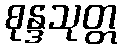
စုန္ဒသုတ္တ